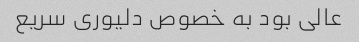
عالی بود به خصوص دلیوری سریع